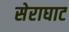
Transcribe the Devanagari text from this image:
सेराघाट